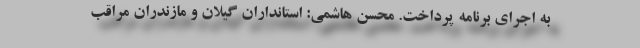
به اجرای برنامه پرداخت. محسن هاشمی: استانداران گیلان و مازندران مراقب